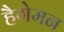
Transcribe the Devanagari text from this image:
हैगेमन